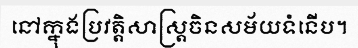
នៅក្នុងប្រវត្តិសាស្ត្រចិនសម័យទំនើប។